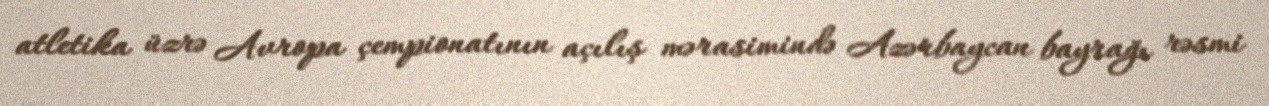
atletika üzrə Avropa çempionatının açılış mərasimində Azərbaycan bayrağı rəsmi